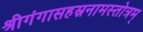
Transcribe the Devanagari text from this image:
श्रीगंगासहस्रनामस्तोत्रम्